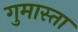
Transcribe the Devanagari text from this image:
गुमास्ता